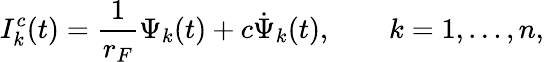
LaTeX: I_{k}^{c}(t)=\frac{1}{r_{F}}\Psi_{k}(t)+c\dot{\Psi}_{k}(t),\qquad k=1,\ldots,n,